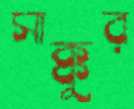
সাক্কুর